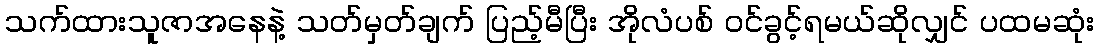
သက်ထားသူဇာအနေနဲ့ သတ်မှတ်ချက် ပြည့်မီပြီး အိုလံပစ် ဝင်ခွင့်ရမယ်ဆိုလျှင် ပထမဆုံး